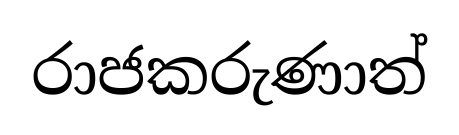
රාජකරුණාත්